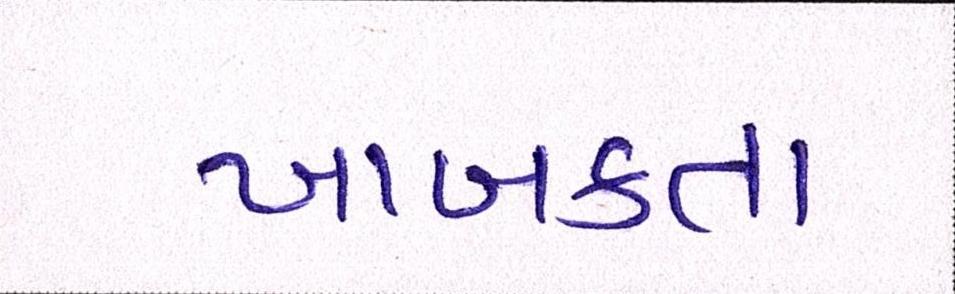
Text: ખાબકતા